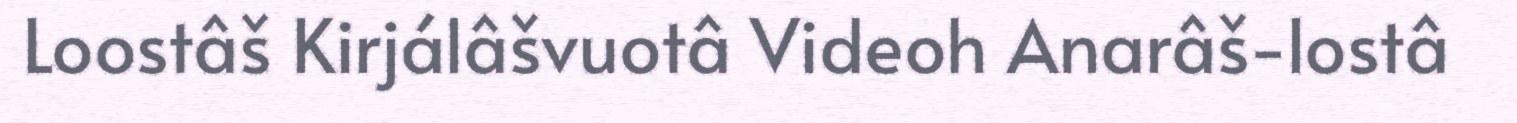
Loostâš Kirjálâšvuotâ Videoh Anarâš-lostâ